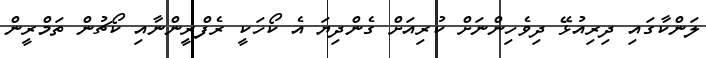
ލަންކާގައި ދިރިއުޅޭ ދިވެހިންނަށް ކުރިއަށް ގެންދިޔަ އެ ކޯހަކީ ރެފްރީންނާއި ކޯޗުން ތަމްރީން